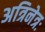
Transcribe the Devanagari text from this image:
अत्रिनेत्रः